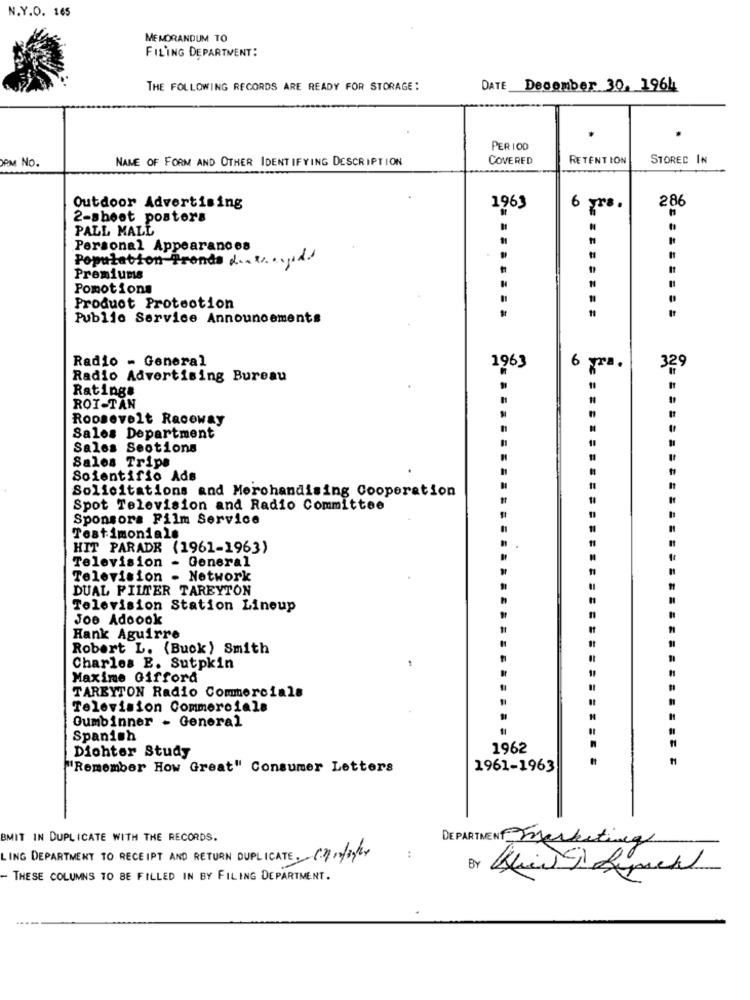
N.Y.O. 165
MEMORANDUM TO
FILING DEPARTMENT:
THE FOLLOWING RECORDS ARE READY FOR STORAGE:
DATE Decomber 30, 1964
PERIOD
PM NO.
NAME OF FORM AND OTHER IDENTIFYING DESCRIPTION
COVERED
RETENTION
STORED IN
286
Outdoor Advertising
1963
6 Trs.
2-shoot posters
PALL MALL
Personal Appearances
Population Fronds d .. .. .. Jid.
Premiums
Pomotions
Product Protection
Public Service Announcements
Radio - General
1963
6 Tra.
329
Radio Advertising Bureau
Ratings
11
ROI-TAN
Roosevelt Raceway
Sales Department
Sales Seotions
Sales Trips
Soientifio Ads
Solicitations and Merchandising Cooperation
Spot Television and Radio Committee
Sponsors Film Service
Testimonials
HIT PARADE (1961-1963)
Television - General
Television - Network
DUAL FILTER TAREYTON
Television Station Lineup
Joe Adoook
Hank Aguirre
Robert L. (Buck) Smith
Charles E. Sutpkin
Maxime Gifford
TAREYTON Radio Commercials
Television Commercials
Oumbinner - General
Spanish
Dichter Study
1962
"Remember How Great" Consumer Letters
1961-1963
BMIT IN DUPLICATE WITH THE RECORDS.
DEPARTMENT Marketing
LING DEPARTMENT TO RECEIPT AND RETURN DUPLICATE. (2/10/3/24
:
BY
- THESE COLUMNS TO BE FILLED IN BY FILING DEPARTMENT.